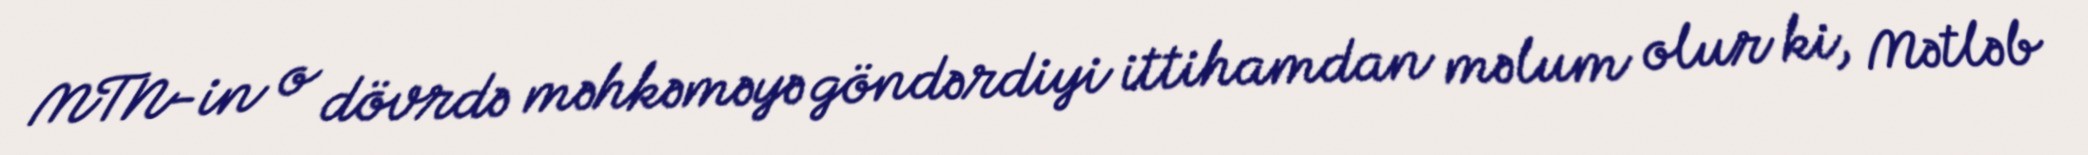
MTN-in o dövrdə məhkəməyə göndərdiyi ittihamdan məlum olur ki, Mətləb